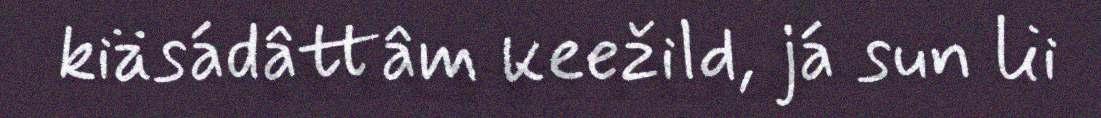
kiäsádâttâm keežild, já sun lii